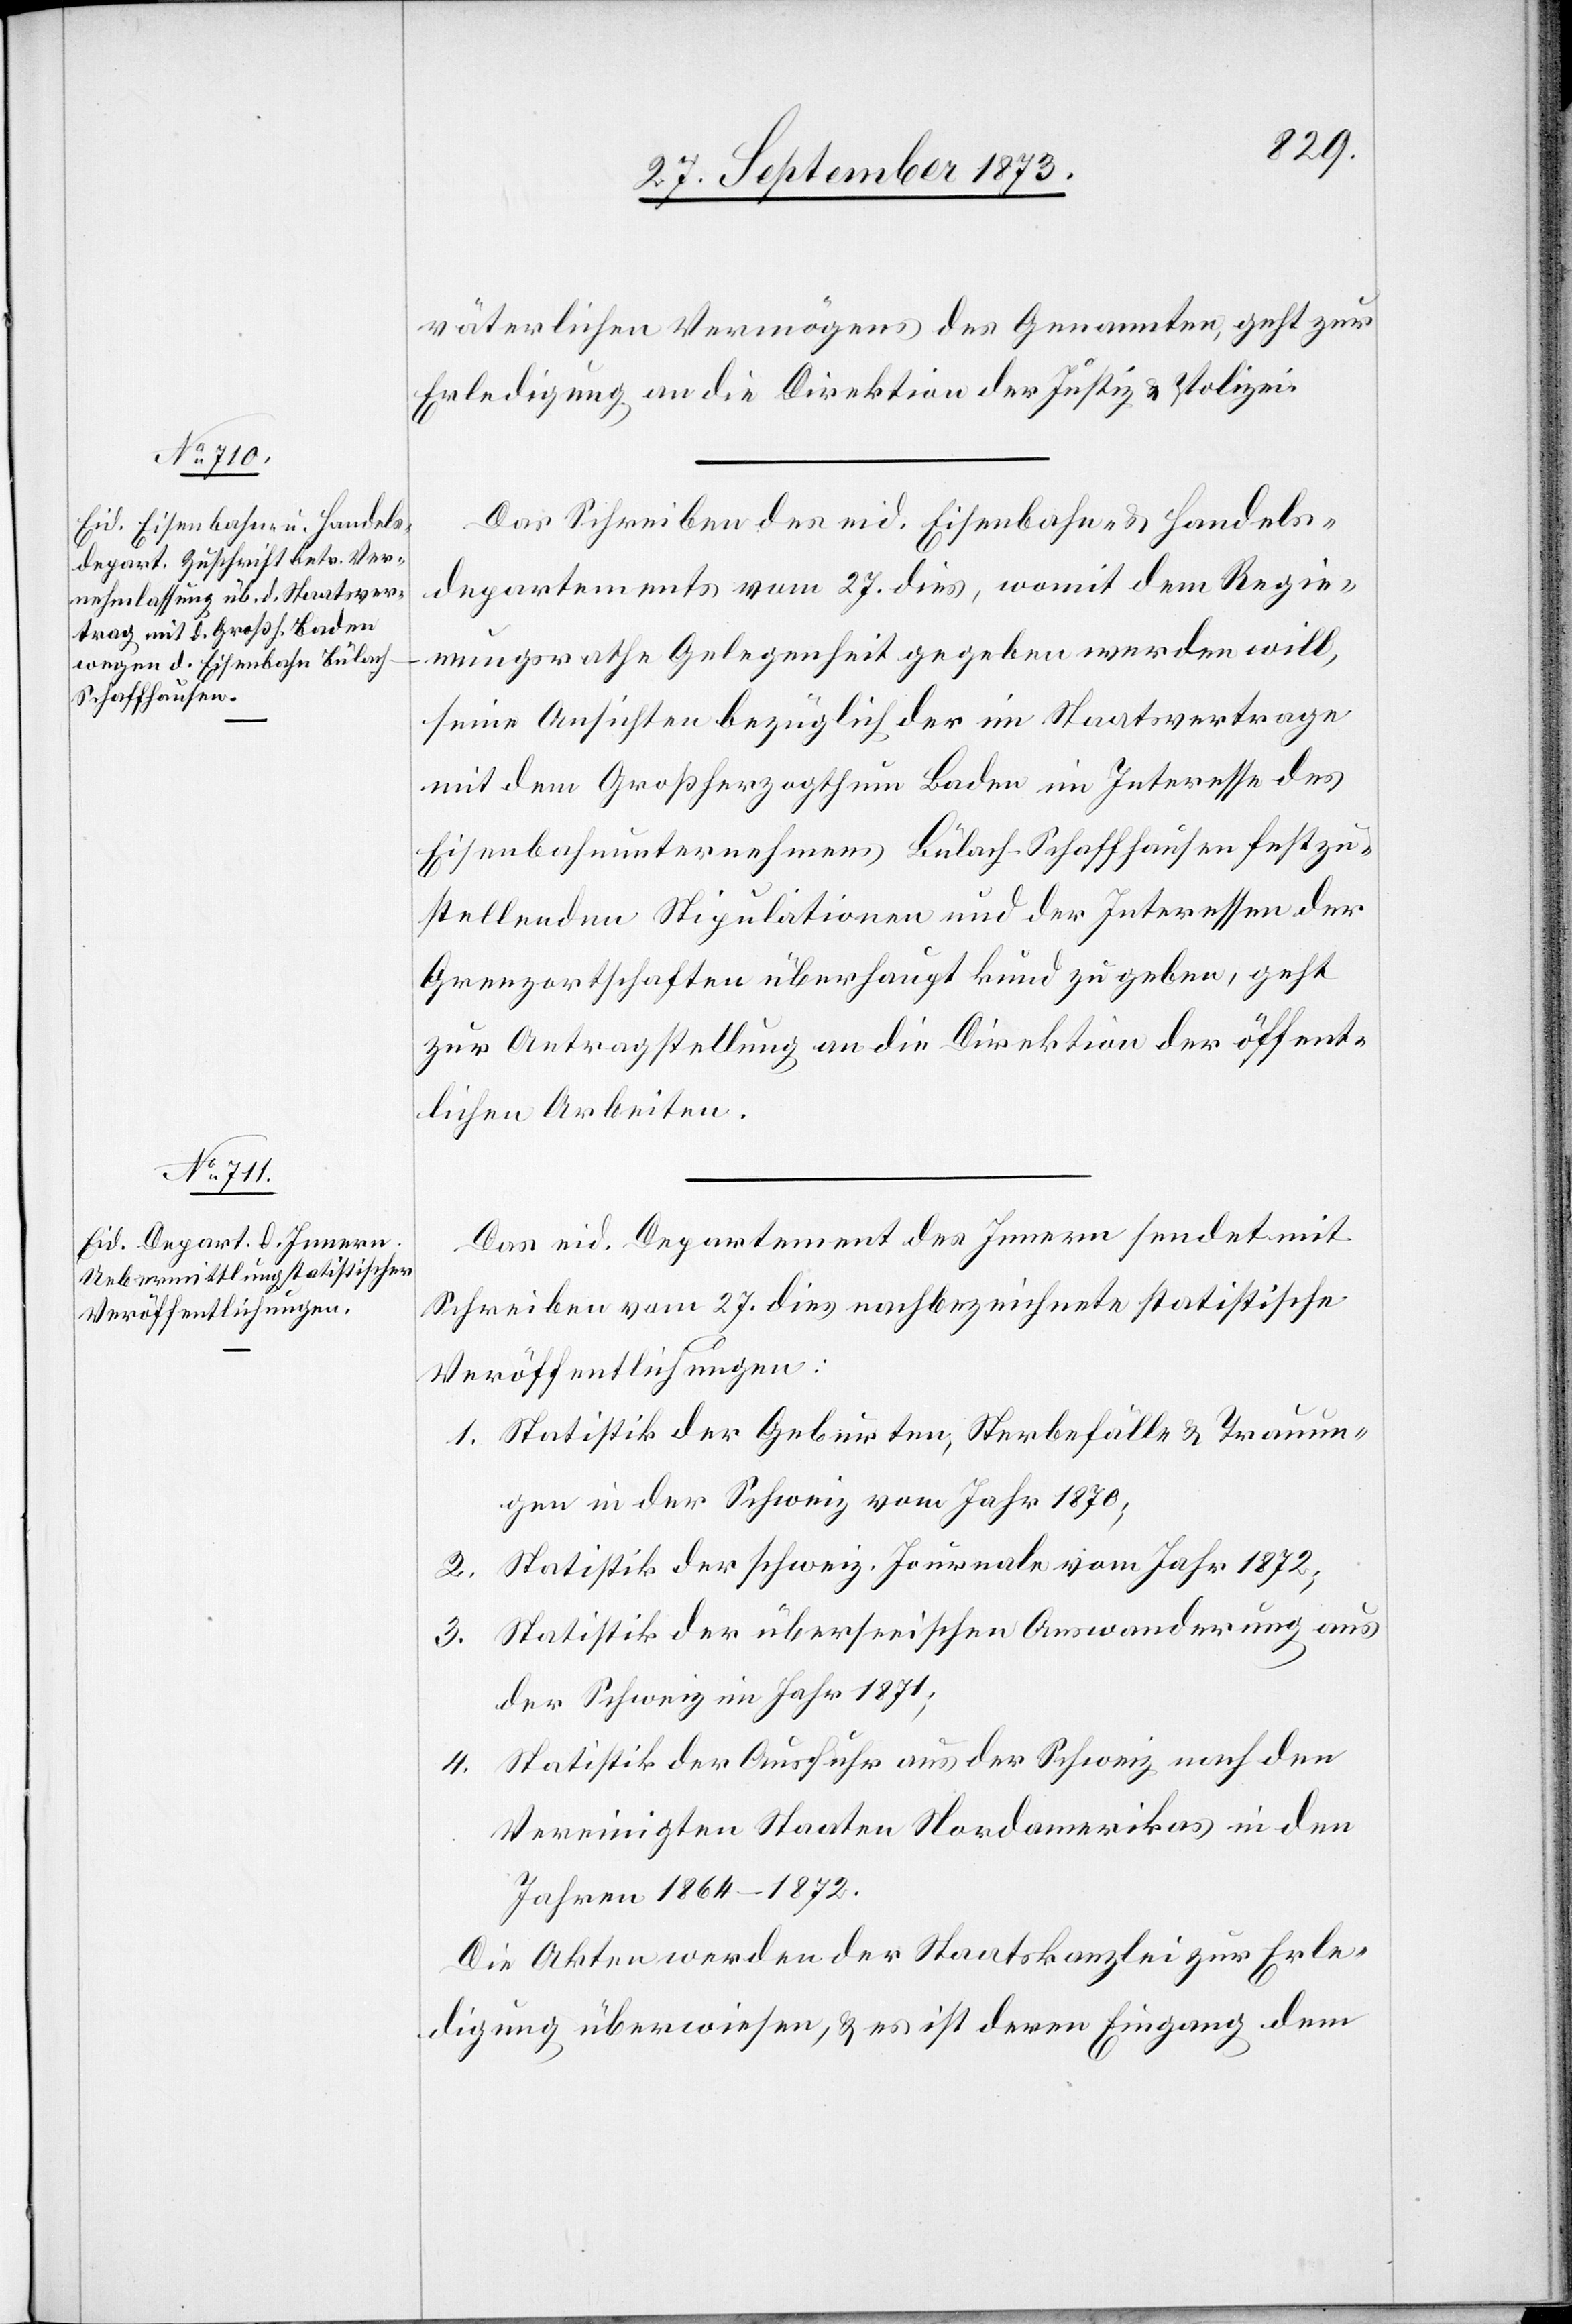
29. September 1873.]
väterlichen Vermögens des Genannten, geht zur
Erledigung an die Direktion der Justiz & Polizei.
Das Schreiben des eid. Eisenbahn- & Handels¬
departements vom 27. dies, womit dem Regie¬
rungsrathe Gelegenheit gegeben werden will,
seine Ansichten bezüglich der im Staatsvertrage
mit dem Großherzogthum Baden im Interesse des
Eisenbahnunternehmens Bülach–Schaffhausen festzu¬
stellenden Stipulationen und der Interessen der
Grenzortschaften überhaupt kund zu geben, geht
zur Antragstellung an die Direktion der öffent¬
lichen Arbeiten.
Das eid. Departement des Innern sendet mit
Schreiben vom 27. dies nachbezeichnete statistische
Veröffentlichungen:
1. Statistik der Geburten, Sterbefälle & Trauun¬
gen in der Schweiz vom Jahr 1870;
Statistik der schweiz. Journale vom Jahr 1872;
2.
3. Statistik der überseeischen Auswanderung aus
der Schweiz im Jahr 1871;
Statistik der Ausfuhr aus der Schweiz nach den
4.
Vereinigten Staaten Nordamerikas in den
Jahren 1864–1872.
Die Akten werden der Staatskanzlei zur Erle¬
digung überwiesen, & es ist deren Eingang dem